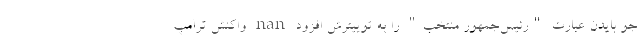
جو بایدن عبارت "رئیس‌جمهور منتخب" را به توییترش افزود nan واکنش ترامپ